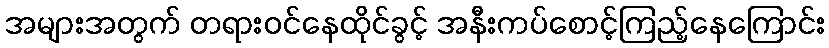
အများအတွက် တရားဝင်နေထိုင်ခွင့် အနီးကပ်စောင့်ကြည့်နေကြောင်း